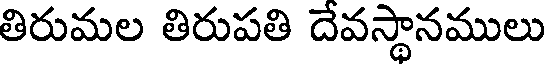
తిరుమల తిరుపతి దేవస్థానములు